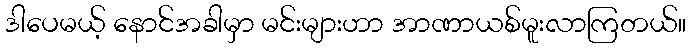
ဒါပေမယ့် နောင်အခါမှာ မင်းများဟာ အာဏာယစ်မူးလာကြတယ်။